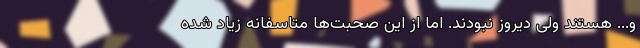
و... هستند ولی دیروز نبودند. اما از این صحبت‌ها متاسفانه زیاد شده